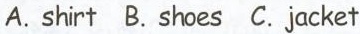
A. shirt B. shoes C.jacket